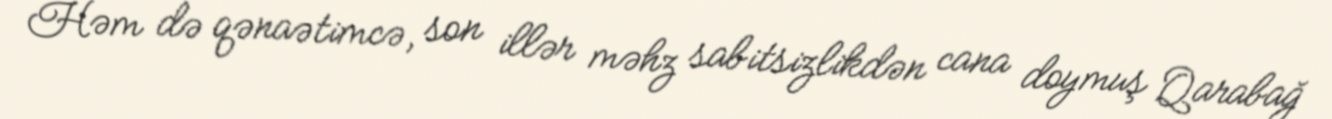
Həm də qənaətimcə, son illər məhz sabitsizlikdən cana doymuş Qarabağ